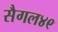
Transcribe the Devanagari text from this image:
सैगल४९